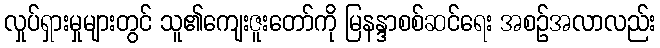
လှုပ်ရှားမှုများတွင် သူ၏ကျေးဇူးတော်ကို မြနန္ဒာစစ်ဆင်ရေး အစဉ်အလာလည်း